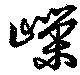
嶸